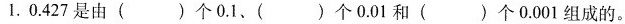
1. 0.427是由()个0.1、()个0.01和()个0.001组成的。